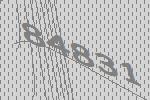
84831